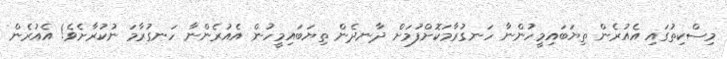
މިސްކިތުގައި އެއުރެން ތިޔަބައިމީހުންނާ ހަނގުރާމަކޮށްފުމަށް ދާނދެން ތިޔަބައިމީހުން އެއުރެންނާ ހަނގުރާމަ ނުކުރާށެވެ! އެއުރެން